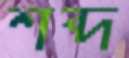
শব্দ